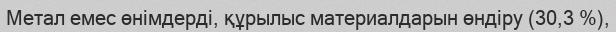
Метал емес өнімдерді, құрылыс материалдарын өндіру (30,3 %),